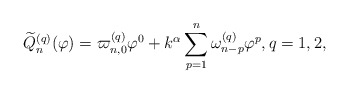
\begin{align*} \widetilde{Q}_{n}^{(q)}(\varphi) = \varpi_{n,0}^{(q)} \varphi^0 + k^{\alpha}\sum\limits_{p=1}^{n} \omega_{n-p}^{(q)} \varphi^{p}, q=1,2, \end{align*}